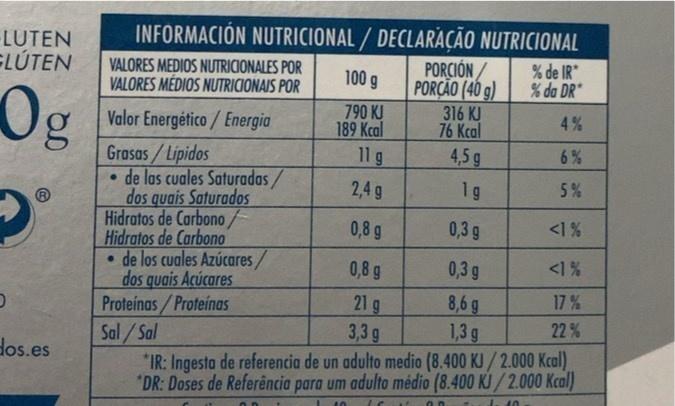
INFORMACIÓN NUTRICIONAL / DECLARAÇÃO NUTRICIONAL
LUTEN
ELÚTEN
PORCIÓN / PORÇÃO (40 g) 316 KJ 76 Kcal 4,5 g
VALORES MEDIOS NUTRICIONALES POR VALORES MÉDIOS NUTRICIONAIS POR
% de IR % da DR*
100 g
790 KJ 189 Kcal
Valor Energético/ Energia
4%
11 g
6%
Grasas/Lipidos • de las cuales Saturadas/ dos quais Saturados Hidratos de Carbono/ Hidratos de Carbono • de los cuales Azúcares/ dos quais Acúcares Proteinas/Proteinas
2,4 g
1g
5%
0,8 g
0,3 g
<1%
0,8 g
0,3 g
<1%
21 g 3,3g *IR: Ingesta de referencia de un adulto medio (8.400 KJ/2.000 Kcal). *DR: Doses de Referência para um adulto médio (8.400 KJ/2.000 Kcal)
8,6 g 1,3 g
17%
22%
Sal/Sal
dos.es
9